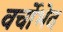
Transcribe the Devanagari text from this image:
वर्चोभेद